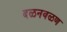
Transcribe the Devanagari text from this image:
दळनवळण